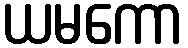
ယမကော